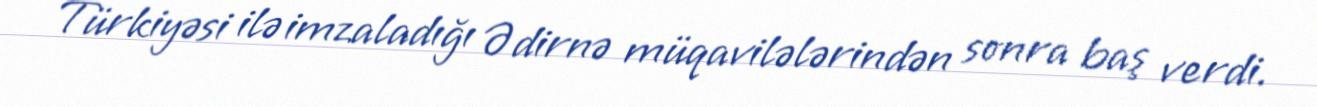
Türkiyəsi ilə imzaladığı Ədirnə müqavilələrindən sonra baş verdi.